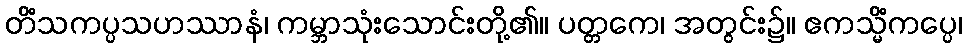
တိံသကပ္ပသဟဿာနံ၊ ကမ္ဘာသုံးသောင်းတို့၏။ ပတ္တကေ၊ အတွင်း၌။ ဧကသ္မိံကပ္ပေ၊